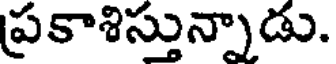
ప్రకాశిస్తున్నాడు.